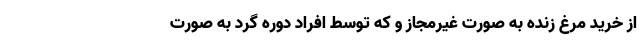
از خرید مرغ زنده به صورت غیرمجاز و که توسط افراد دوره گرد به صورت